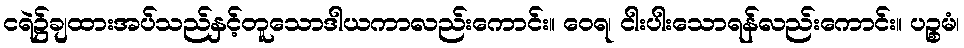
ငရဲ၌ချထားအပ်သည်နှင့်တူသောဒါယကာလည်းကောင်း။ ဝေရ၊ ငါးပါးသောရန်လည်းကောင်း။ ပဉ္စမံ၊